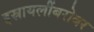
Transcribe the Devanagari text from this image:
इस्रायलींबरोबर